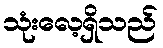
သုံးလေ့ရှိသည်